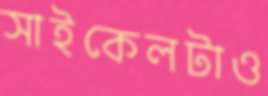
সাইকেলটাও